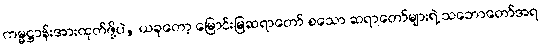
ကမ္မဋ္ဌာန်းအားထုတ်ဖို့ပဲ, ယခုတော့ မြောင်းမြဆရာတော် စသော ဆရာတော်များရဲ့ သဘောတော်အရ